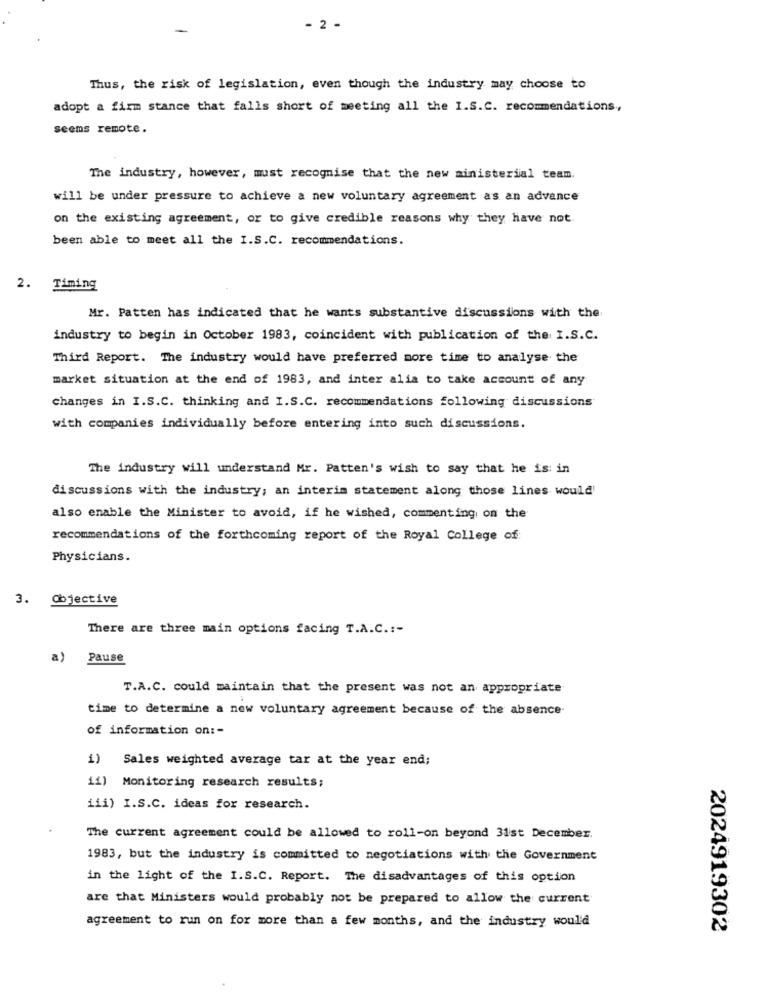
- 2 -
Thus, the risk of legislation, even though the industry may choose to
adopt a firm stance that falls short of meeting all the I.S.C. recommendations,
seems remote.
The industry, however, must recognise that the new ministerial team.
will be under pressure to achieve a new voluntary agreement as an advance
on the existing agreement, or to give credible reasons why they have not.
been able to meet all the I.S.C. recommendations.
2. Timing
Mr. Patten has indicated that he wants substantive discussions with the
industry to begin in October 1983, coincident with publication of the I.S.C.
Third Report. The industry would have preferred more time to analyse the
market situation at the end of 1983, and inter alia to take account of any
changes in I.S.C. thinking and I.S.C. recommendations following discussions
with companies individually before entering into such discussions.
The industry will understand Mr. Patten's wish to say that he is: in
discussions with the industry; an interim statement along those lines would
also enable the Minister to avoid, if he wished, commenting on the
recommendations of the forthcoming report of the Royal College of:
Physicians.
3. Objective
There are three main options facing T.A.C .:-
a)
Pause
T.A.C. could maintain that the present was not an appropriate
time to determine a new voluntary agreement because of the absence.
of information on :-
i) Sales weighted average tar at the year end;
ii) Monitoring research results;
iii) I.S.C. ideas for research.
The current agreement could be allowed to roll-on beyond 31st December.
1983, but the industry is committed to negotiations with the Government
in the light of the I.S.C. Report. The disadvantages of this option
are that Ministers would probably not be prepared to allow the current
agreement to run on for more than a few months, and the industry would
2024919302